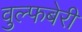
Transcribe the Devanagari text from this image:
वुल्फबेरी